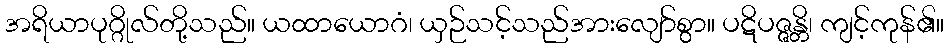
အရိယာပုဂ္ဂိုလ်တို့သည်။ ယထာယောဂံ၊ ယှဉ်သင့်သည်အားလျော်စွာ။ ပဋိပဇ္ဇန္တိ၊ ကျင့်ကုန်၏။